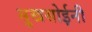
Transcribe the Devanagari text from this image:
सुखसोईनी